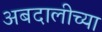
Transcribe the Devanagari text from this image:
अबदालीच्या